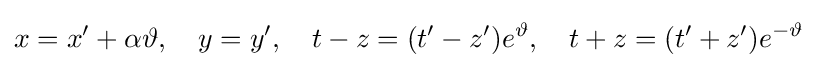
x=x'+\alpha \vartheta ,\quad y=y',\quad t-z=(t'-z')e^{\vartheta },\quad t+z=(t'+z')e^{-\vartheta }